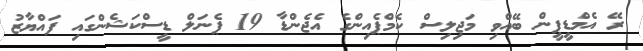
ރޭ އެމްޑީޕީން ބޭއްވި މަޖިލިސް ކެމްޕެއިންގެ އެޖެންޑާ 19 ޕެނަލް ޑީސްކަޝެންގައި ފައްޔާޒު